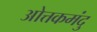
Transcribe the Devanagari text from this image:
ओत्तकमंदु